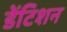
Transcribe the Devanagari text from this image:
डेंटिशन